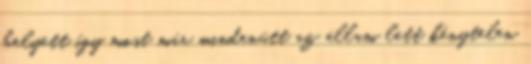
helyett így most már mindenütt az állam lett kénytelen